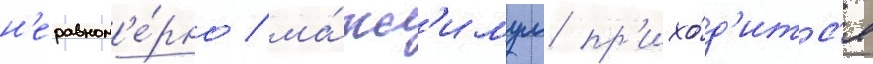
н'еравном'е́рно / ма́кс'имум пр'ихо́д'итс'я